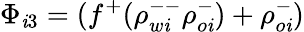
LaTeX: \Phi_{\mathit{i}3}=(f^{+}(\rho_{w\mathit{i}}^{--}\rho_{o\mathit{i}}^{-})+\rho_{o\mathit{i}}^{-})